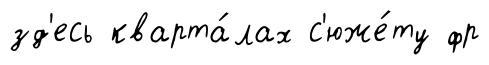
зд'есь кварта́лах с'юже́ту фр